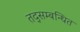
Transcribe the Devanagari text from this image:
तद्सम्बन्धित